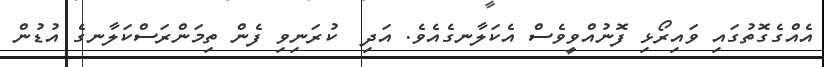
އެއްގެގޮތުގައި ވައިރޯޅި ފޮނުއްވީވެސް އެކަލާނގެއެވެ. އަދި  ކުރަނިވި ފެން ތިމަންރަސްކަލާނގެ އުޑުން